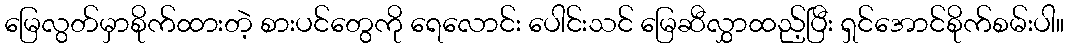
မြေလွတ်မှာစိုက်ထားတဲ့ စားပင်တွေကို ရေလောင်း ပေါင်းသင် မြေဆီလွှာထည့်ပြီး ရှင်အောင်စိုက်စမ်းပါ။